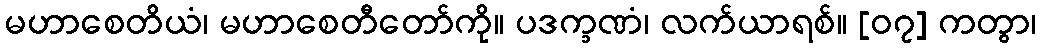
မဟာစေတိယံ၊ မဟာစေတီတော်ကို။ ပဒက္ခဏံ၊ လက်ယာရစ်။ [၀၇] ကတွာ၊